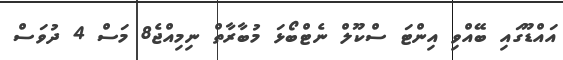
އައްޑޫގައި ބޭއްވި އިންޓަ ސްކޫލް ނެޓްބޯޅަ މުބާރާތް ނިމިއްޖެ8 މަސް 4 ދުވަސް